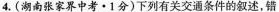
4. (湖南张家界中考 · 1分)下列有关交通条件的叙述，错